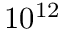
1 0 ^ { 1 2 }